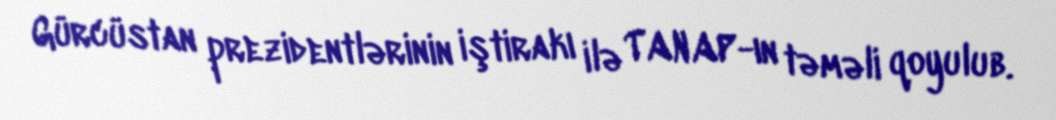
Gürcüstan prezidentlərinin iştirakı ilə TANAP-ın təməli qoyulub.